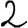
Digit: 2